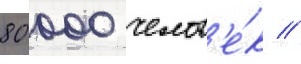
80 000 челов'е́к //